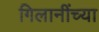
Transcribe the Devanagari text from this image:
गिलानींच्या